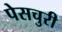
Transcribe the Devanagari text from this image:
पेसचुरी